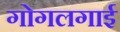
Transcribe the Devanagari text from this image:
गोगलगाई